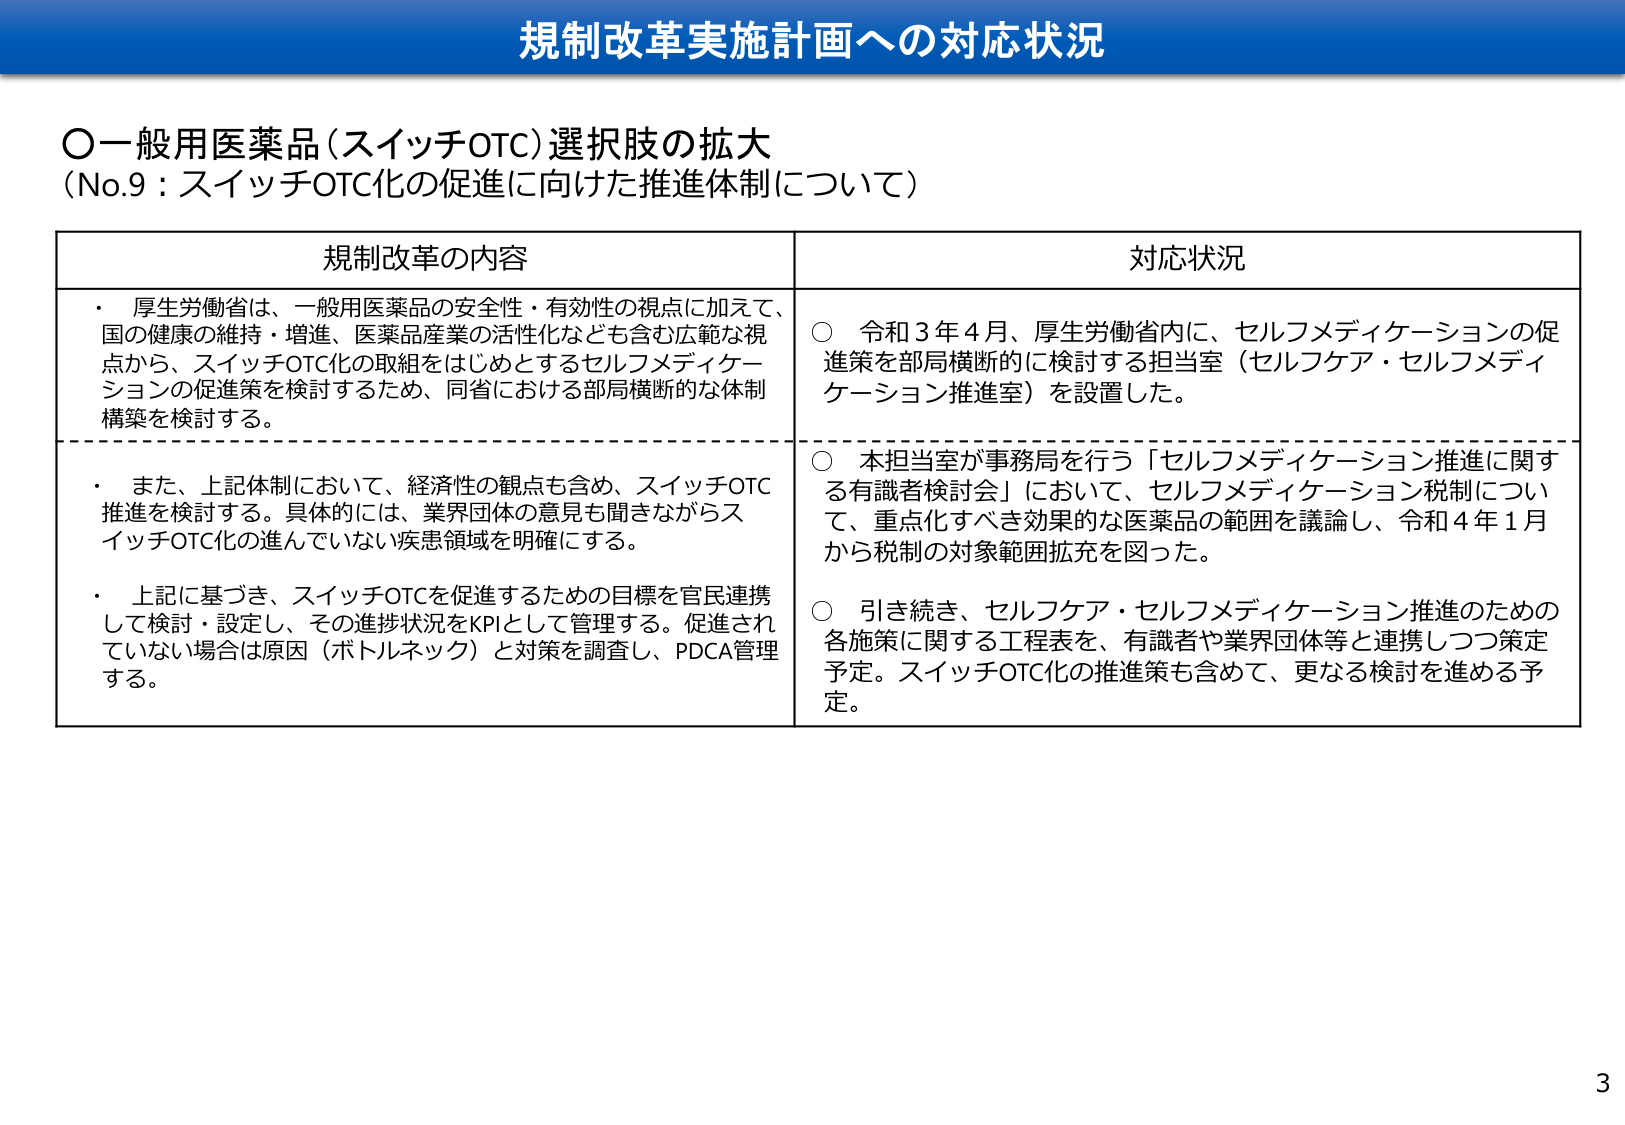
規制改革実施計画への対応状況

○一般用医薬品（スイッチOTC）選択肢の拡大
（No.9：スイッチOTC化の促進に向けた推進体制について）

規制改革の内容 対応状況

・ 厚生労働省は、一般用医薬品の安全性・有効性の視点に加えて、
国の健康の維持・増進、医薬品産業の活性化なども含む広範な視
点から、スイッチOTC化の取組をはじめとするセルフメディケー
ションの促進策を検討するため、同省における部局横断的な体制
構築を検討する。

○ 令和3年4月、厚生労働省内に、セルフメディケーションの促
進策を部局横断的に検討する担当室（セルフケア・セルフメディ
ケーション推進室）を設置した。

・ また、上記体制において、経済性の観点も含め、スイッチOTC
推進を検討する。具体的には、業界団体の意見も聞きながらス
イッチOTC化の進んでいない疾患領域を明確にする。

○ 本担当室が事務局を行う「セルフメディケーション推進に関す
る有識者検討会」において、セルフメディケーション税制につい
て、重点化すべき効果的な医薬品の範囲を議論し、令和4年1月
から税制の対象範囲拡充を図った。

・ 上記に基づき、スイッチOTCを促進するための目標を官民連携
して検討・設定し、その進捗状況をKPIとして管理する。促進され
ていない場合は原因（ボトルネック）と対策を調査し、PDCA管理
する。

○ 引き続き、セルフケア・セルフメディケーション推進のための
各施策に関する工程表を、有識者や業界団体等と連携しつつ策定
予定。スイッチOTC化の推進策も含めて、更なる検討を進める予
定。

3